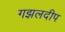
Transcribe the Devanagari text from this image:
गझलदीप